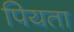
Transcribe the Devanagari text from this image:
पियता